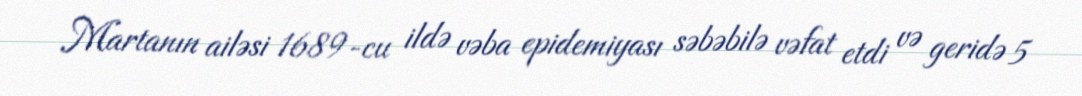
Martanın ailəsi 1689-cu ildə vəba epidemiyası səbəbilə vəfat etdi və geridə 5